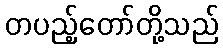
တပည့်တော်တို့သည်